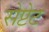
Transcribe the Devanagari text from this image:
सेप्टेट